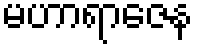
မဟာရာဇေန